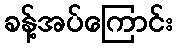
ခန့်အပ်ကြောင်း